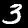
Label: 3